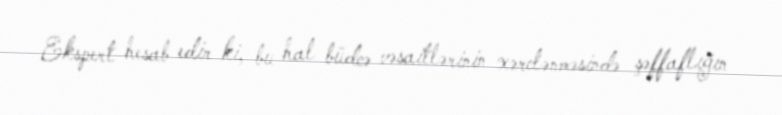
Ekspert hesab edir ki, bu hal büdcə vəsaitlərinin xərclənməsində şəffaflığın